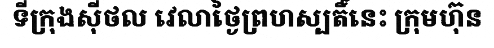
ទីក្រុងស៊ីថល វេលាថ្ងៃព្រហស្បតិ៍នេះ ក្រុមហ៊ុន